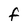
Character: f